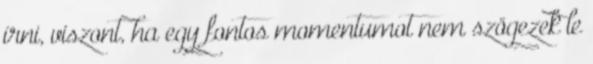
írni, viszont, ha egy fontos momentumot nem szögezek le